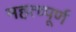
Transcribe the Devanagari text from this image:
महत्‍व्‍पूर्ण